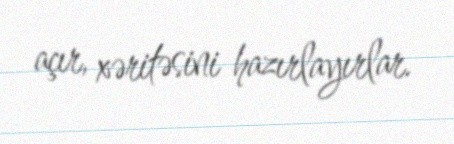
açır, xəritəsini hazırlayırlar.